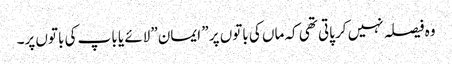
وہ فیصلہ نہیں کر پاتی تھی کہ ماں کی باتوں پر ” ایمان” لائے یا باپ کی باتوں پر۔